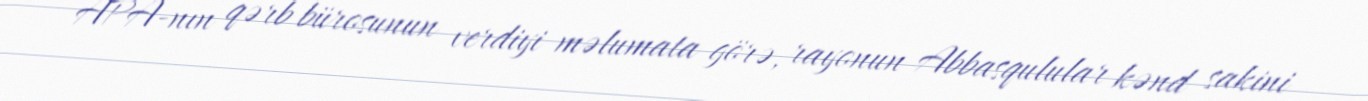
APA-nın qərb bürosunun verdiyi məlumata görə, rayonun Abbasqulular kənd sakini